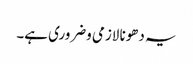
یہ دھونا لازمی وضروری ہے۔